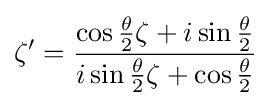
\zeta '={\frac {\cos {\frac {\theta }{2}}\zeta +i\sin {\frac {\theta }{2}}}{i\sin {\frac {\theta }{2}}\zeta +\cos {\frac {\theta }{2}}}}